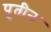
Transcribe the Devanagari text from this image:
पुतीन